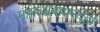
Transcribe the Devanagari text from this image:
महोत्सवामध्येही